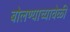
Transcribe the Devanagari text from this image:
बोलण्याच्यावेळी